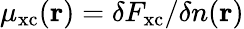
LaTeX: \mu_{\mathrm{xc}}(\mathbf{r})=\delta F_{\mathrm{xc}}/\delta n(\mathbf{r})